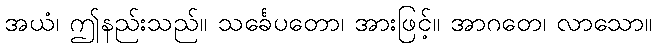
အယံ၊ ဤနည်းသည်။ သင်္ခေပတော၊ အားဖြင့်။ အာဂတေ၊ လာသော။